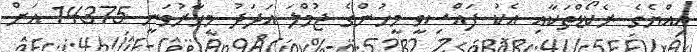
އިއްޔެގެ ރެކޯޑްތަކާއި އެކު ފައްސިވީ މީހުންގެ ޖުމްލަ އަދަދު މިހާރުވަނީ 14375 އަށް